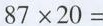
$$8 7 \times 2 0 =$$